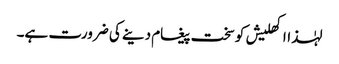
لہٰذااکھلیش کوسخت پیغام دینے کی ضرورت ہے۔